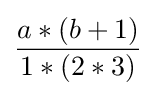
{\frac {a*(b+1)}{1*(2*3)}}